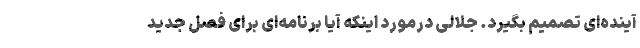
آینده‌ای تصمیم بگیرد. جلالی درمورد اینکه آیا برنامه‌ای برای فصل جدید